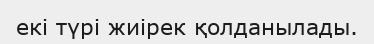
екі түрі жиірек қолданылады.